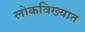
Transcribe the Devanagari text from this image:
लोकविख्यात